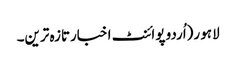
لاہو ر(اُردو پوائنٹ اخبارتازہ ترین۔